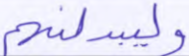
وليبدلنهم